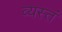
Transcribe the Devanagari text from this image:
व्यस्तं